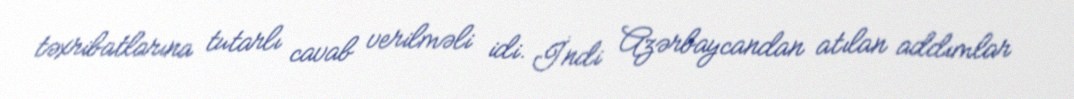
təxribatlarına tutarlı cavab verilməli idi. İndi Azərbaycandan atılan addımlar